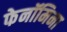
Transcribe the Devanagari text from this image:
फेनॉमिना